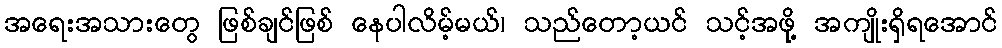
အရေးအသားတွေ ဖြစ်ချင်ဖြစ် နေပါလိမ့်မယ်၊ သည်တော့ယင် သင့်အဖို့ အကျိုးရှိရအောင်